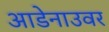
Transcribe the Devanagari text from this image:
आडेनाउवर